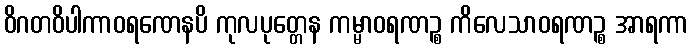
ဝိဂတဝိပါကာဝရဏေနပိ ကုလပုတ္တေန ကမ္မာဝရဏဉ္စ ကိလေသာဝရဏဉ္စ အာရကာ